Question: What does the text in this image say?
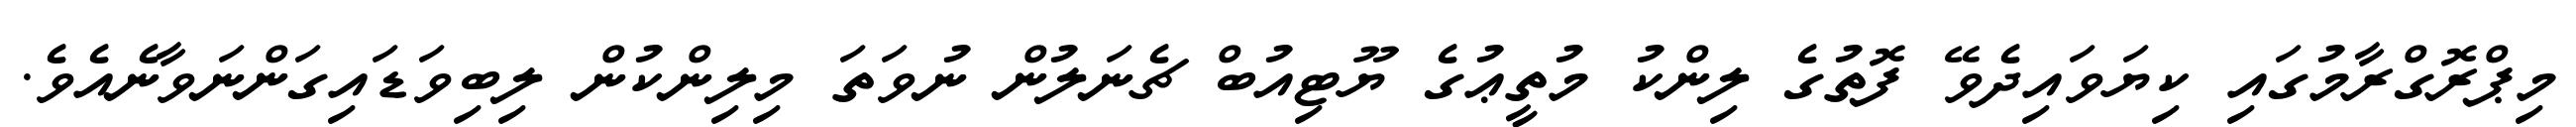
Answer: މިޕްރޮގްރާމުގައި ކިޔަވައިދެވޭ ފޮތުގެ ލިންކު މުތީޢުގެ ޔޫޓިއުބް ޗެނަލުން ނުވަތަ މިލިންކުން ލިބިވަޑައިގަންނަވާނެއެވެ.